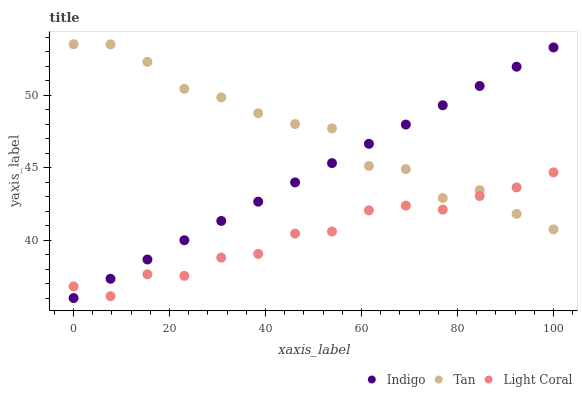
| xaxis_label | Indigo | Tan | Light Coral |
 | --- | --- | --- | --- |
 | 0 | 36 | 53.5 | 36.8 |
 | 7.69 | 37.3 | 53.5 | 36.1 |
 | 15.4 | 38.7 | 52.3 | 37.6 |
 | 23.1 | 40 | 50.4 | 37.5 |
 | 30.8 | 41.3 | 49.9 | 38.8 |
 | 38.5 | 42.7 | 48.8 | 39.1 |
 | 46.2 | 44 | 48 | 40.5 |
 | 53.8 | 45.3 | 47.7 | 40.6 |
 | 61.5 | 46.6 | 45.1 | 42.1 |
 | 69.2 | 48 | 44.9 | 42.4 |
 | 76.9 | 49.3 | 42.9 | 42.1 |
 | 84.6 | 50.6 | 43.5 | 43 |
 | 92.3 | 52 | 41.8 | 43.6 |
 | 100 | 53.3 | 40.7 | 44.7 |